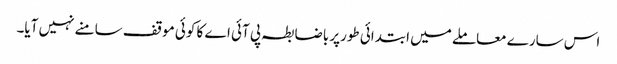
اس سارے معاملے میں ابتدائی طورپر باضابطہ پی آئی اے کا کوئی موقف سامنے نہیں آیا۔